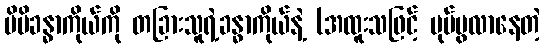
မိမိခန္ဓာကိုယ်ကို တခြားသူရဲ့ခန္ဓာကိုယ်နဲ့ (အထူးသဖြင့် ပုပ်ပွလာနေတဲ့